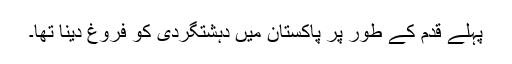
پہلے قدم کے طور پر پاکستان میں دہشتگردی کو فروغ دینا تھا۔